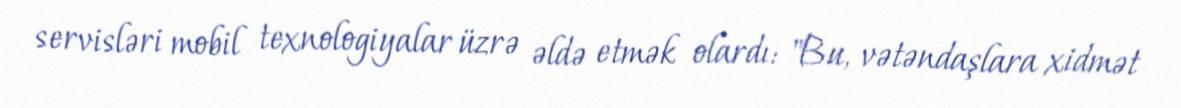
servisləri mobil texnologiyalar üzrə əldə etmək olardı: "Bu, vətəndaşlara xidmət